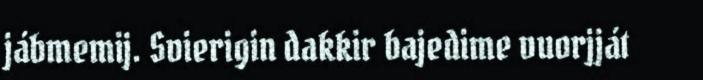
jábmemij. Svierigin dakkir bajedime vuorjját